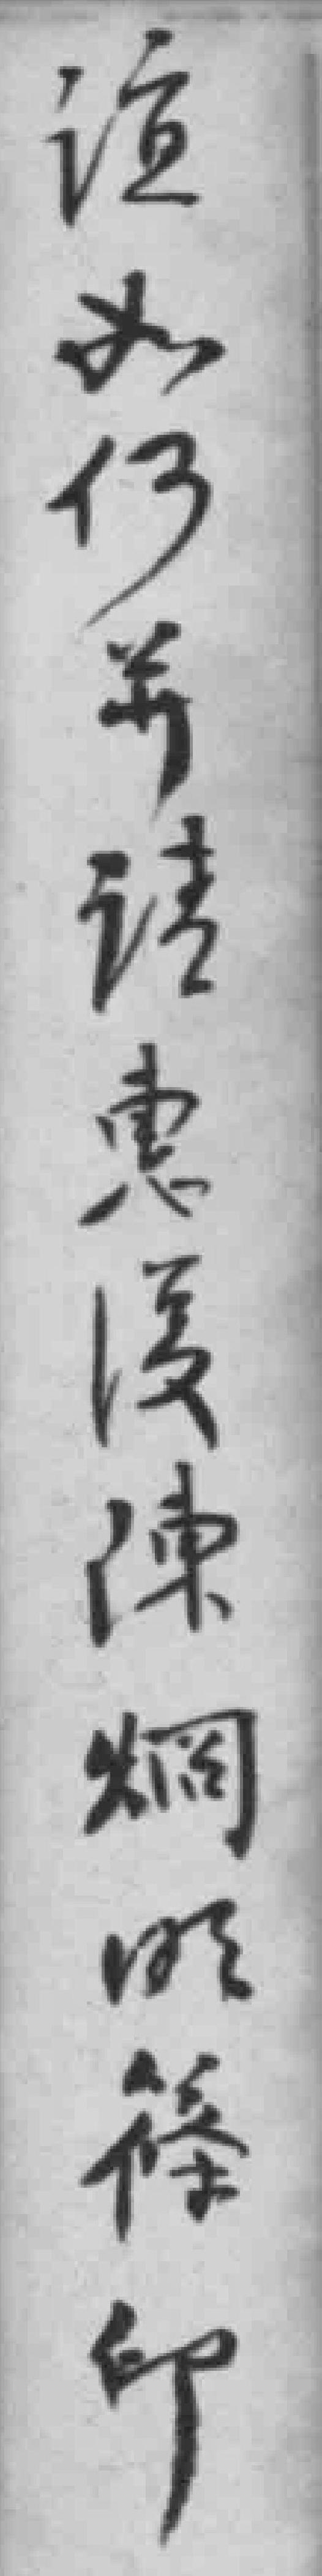
谊如仍并请惠復陳炯明篠印